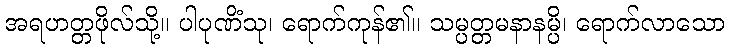
အရဟတ္တဖိုလ်သို့။ ပါပုဏိံသု၊ ရောက်ကုန်၏။ သမ္ပတ္တမနာနမ္ပိ၊ ရောက်လာသော